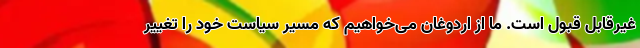
غیرقابل قبول است. ما از اردوغان می‌خواهیم که مسیر سیاست خود را تغییر